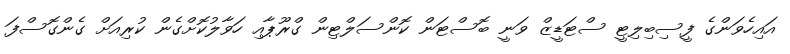
އައިހެވަންގެ ފީސިބިލިޓީ ސްޓަޑީޒް ވަނީ ބޮސްޓަން ކޮންސަލްޓިން ގްރޫޕާއި ހަވާލުކޮށްގެން ކުރިއަށް ގެންގޮސްފަ